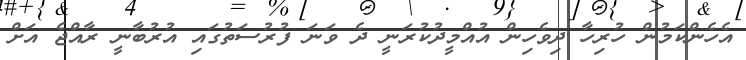
އެހެންކަމުން ހުރިހާ ދިވެހިން އުއްމީދުކުރަނީ ދެ ވަނަ ފުރުސަތުގައި އުރުބާނީ ރާއްޖެ އަށް